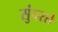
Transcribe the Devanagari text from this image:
सुंदरते